Report of the Indian Hemp Drugs Commission, 1894-1895 - Volume V
Year: 1894
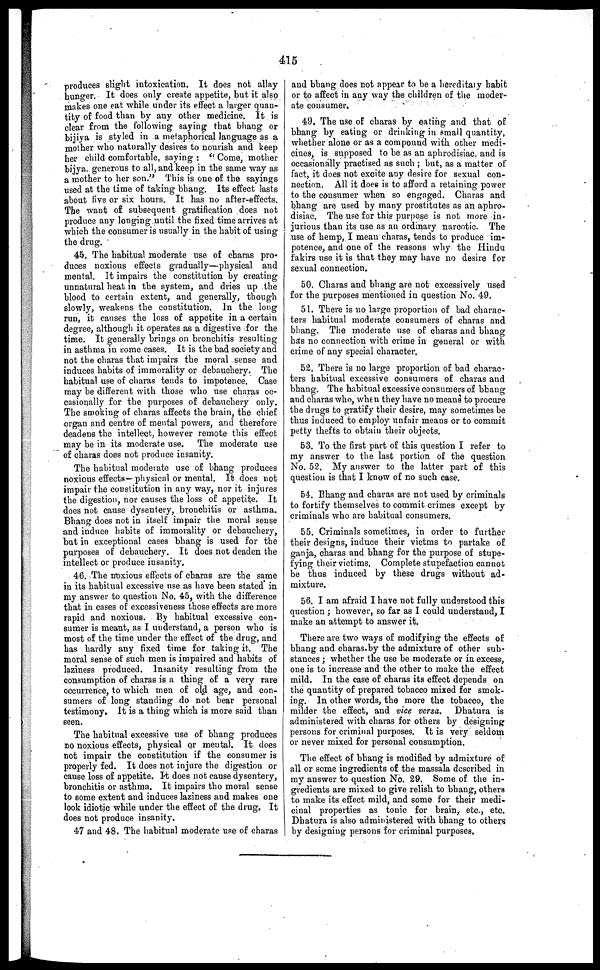
415
produces slight intoxication. It does not allay
hunger. It does only create appetite, but it also
makes one eat while under its effect a larger quan-
tity of food than by any other medicine. It is
clear from the following saying that bhang or
bijiya is styled in a metaphorical language as a
mother who naturally desires to nourish and keep
her child comfortable, saying: "Come, mother
bijya generous to all, and keep in the same way as
a mother to her son." This is one of the sayings
used at the time of taking bhang. Its effect lasts
about five or six hours. It has no after-effects.
The want of subsequent gratification does not
produce any longing until the fixed time arrives at
which the consumer is usually in the habit of using
the drug.
45. The habitual moderate use of charas pro-
duces noxious effects gradually—physical and
mental. It impairs the constitution by creating
unnatural heat in the system, and dries up the
blood to certain extent, and generally, though
slowly, weakens the constitution. In the long
run, it causes the loss of appetite in a certain
degree, although it operates as a digestive for the
time. It generally brings on bronchitis resulting
in asthma in some cases. It is the bad society and
not the charas that impairs the moral sense and
induces habits of immorality or debauchery. The
habitual use of charas tends to impotence. Case
may be different with those who use charas oc-
casionally for the purposes of debauchery only.
The smoking of charas affects the brain, the chief
organ and centre of mental powers, and therefore
deadens the intellect, however remote this effect
may be in its moderate use. The moderate use
of charas does not produce insanity.
The habitual moderate use of bhang produces
noxious effects—physical or mental. It does not
impair the constitution in any way, nor it injures
the digestion, nor causes the loss of appetite. It
does not cause dysentery, bronchitis or asthma.
Bhang does not in itself impair the moral sense
and induce habits of immorality or debauchery,
but in exceptional cases bhang is used for the
purposes of debauchery. It does not deaden the
intellect or produce insanity.
46. The noxious effects of charas are the same
in its habitual excessive use as have been stated in
my answer to question No. 45, with the difference
that in cases of excessiveness those effects are more
rapid and noxious. By habitual excessive con-
sumer is meant, as I understand, a person who is
most of the time under the effect of the drug, and
has hardly any fixed time for taking it. The
moral sense of such men is impaired and habits of
laziness produced. Insanity resulting from the
consumption of charas is a thing of a very rare
occurrence, to which men of old age, and con-
sumers of long standing do not bear personal
testimony, It is a thing which is more said than
seen.
The habitual excessive use of bhang produces
no noxious effects, physical or mental. It does
not impair the constitution if the consumer is
properly fed. It does not injure the digestion or
cause loss of appetite. It does not cause dysentery,
bronchitis or asthma. It impairs the moral sense
to some extent and induces laziness and makes one
look idiotic while under the effect of the drug. It
does not produce insanity.
47 and 48. The habitual moderate use of charas
and bhang does not appear to be a hereditary habit
or to affect in any way the children of the moder-
ate consumer.
49. The use of charas by eating and that of
bhang by eating or drinking in small quantity,
whether alone or as a compound with other medi-
cines, is supposed to be as an aphrodisiac and is
occasionally practised as such; but, as a matter of
fact, it does not excite any desire for sexual con-
nection, All it does is to afford a retaining power
to the consumer when so engaged. Charas and
bhang are used by many prostitutes as an aphro-
disiac. The use for this purpose is not more in-
jurious than its use as an ordinary narcotic. The
use of hemp, I mean charas, tends to produce im-
potence, and one of the reasons why the Hindu
fakirs use it is that they may have no desire for
sexual connection.
50. Charas and bhang are not excessively used
for the purposes mentioned in question No. 49.
51. There is no large proportion of bad charac-
ters habitual moderate consumers of charas and
bluing. The moderate use of charas and bhang
has no connection with crime in general or with
crime of any special character.
52. There is no large proportion of bad charac-
ters habitual excessive consumers of charas and
bhang. The habitual excessive consumers of bhang
and charas who, when they have no means to procure
the drugs to gratify their desire, may sometimes be
thus induced to employ unfair means or to commit
petty thefts to obtain their objects.
53. To the first part of this question I refer to
my answer to the last portion of the question
No. 52. My answer to the latter part of this
question is that I know of no such case.
54. Bhang and charas are not used by criminals
to fortify themselves to commit crimes except by
criminals who are habitual consumers.
55. Criminals sometimes, in order to further
their designs, induce their victms to partake of
ganja, charas and bhang for the purpose of stupe-
fying their victims. Complete stupefaction cannot
be thus induced by these drugs without ad-
mixture.
56. I am afraid I have not fully understood this
question; however, so far as I could understand, I
make an attempt to answer it.
There are two ways of modifying the effects of
bhang and charas by the admixture of other sub-
stances; whether the use be moderate or in excess,
one is to increase and the other to make the effect
mild. In the case of charas its effect depends on
the quantity of prepared tobacco mixed for smok-
ing. In other words, the more the tobacco, the
milder the effect, and vice versa. Dhatura is
administered with charas for others by designing
persons for criminal purposes. It is very seldom
or never mixed for personal consumption.
The effect of bhang is modified by admixture of
all or some ingredients of the massala described in
my answer to question No. 29. Some of the in-
gredients are mixed to give relish to bhang, others
to make its effect mild, and some for their medi-
cinal properties as tonic for brain, etc., etc.
Dhatura is also administered with bhang to others
by designing persons for criminal purposes,